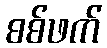
စစ်ဖက်